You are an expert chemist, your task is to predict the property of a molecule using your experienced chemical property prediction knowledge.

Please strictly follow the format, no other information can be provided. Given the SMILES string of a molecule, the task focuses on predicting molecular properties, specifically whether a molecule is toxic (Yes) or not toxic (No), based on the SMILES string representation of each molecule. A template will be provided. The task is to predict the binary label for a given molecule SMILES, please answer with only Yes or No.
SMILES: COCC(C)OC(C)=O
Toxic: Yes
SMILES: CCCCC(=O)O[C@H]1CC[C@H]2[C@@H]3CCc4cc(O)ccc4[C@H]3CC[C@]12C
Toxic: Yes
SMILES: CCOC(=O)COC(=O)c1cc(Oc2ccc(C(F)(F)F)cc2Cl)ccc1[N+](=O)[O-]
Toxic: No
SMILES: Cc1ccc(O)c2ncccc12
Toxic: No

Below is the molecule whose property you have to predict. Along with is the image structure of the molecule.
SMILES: OCCOCCOCCO
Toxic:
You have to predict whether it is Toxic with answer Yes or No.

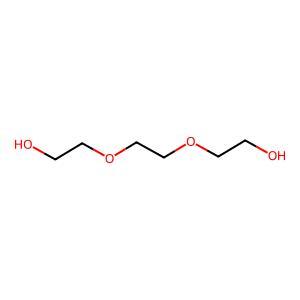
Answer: No